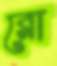
রো